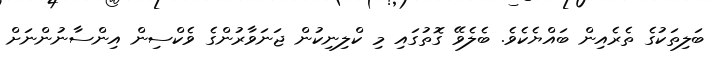
ބަލިތަކުގެ ތެރެއިން ބައްޔެކެވެ. ބެލެވޭ ގޮތުގައި މި ކްލިނިކުން ޖަނަވާރުންގެ ވެކްސިން އިންސާނުންނަށް